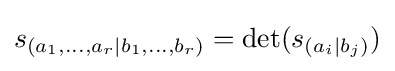
s_{(a_{1},\ldots ,a_{r}\mid b_{1},\ldots ,b_{r})}=\det(s_{(a_{i}\mid b_{j})})